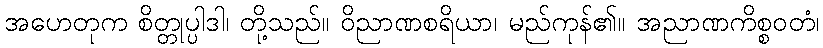
အဟေတုက စိတ္တုပ္ပါဒါ၊ တို့သည်။ ဝိညာဏစရိယာ၊ မည်ကုန်၏။ အညာဏကိစ္စဝတံ၊